Report of the Imperial Institute of Veterinary Research, Muktesar
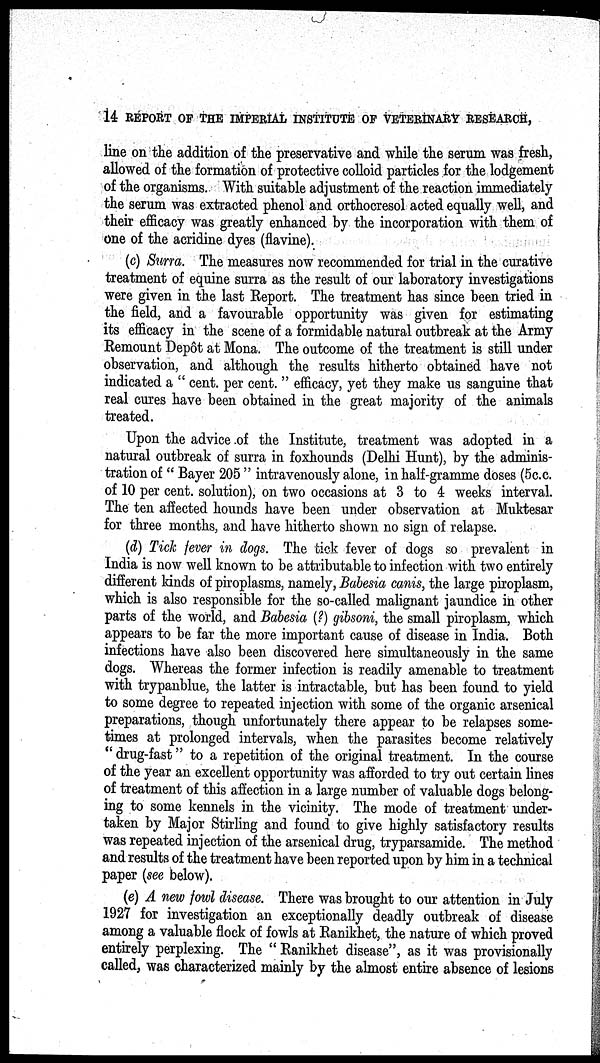
14 REPORT OF THE IMPERIAL INSTITUTE OF VETERINARY RESEARCH,
line on the addition of the preservative and while the serum was fresh,
allowed of the formation of protective colloid particles for the lodgement
of the organisms. With suitable adjustment of the reaction immediately
the serum was extracted phenol and orthocresol acted equally well, and
their efficacy was greatly enhanced by the incorporation with them of
one of the acridine dyes (flavine).
(c) Surra. The measures now recommended for trial in the curative
treatment of equine surra as the result of our laboratory investigations
were given in the last Report. The treatment has since been tried in
the field, and a favourable opportunity was given for estimating
its efficacy in the scene of a formidable natural outbreak at the Army
Remount Depôt at Mona. The outcome of the treatment is still under
observation, and although the results hitherto obtained have not
indicated a " cent. per cent. " efficacy, yet they make us sanguine that
real cures have been obtained in the great majority of the animals
treated.
Upon the advice of the Institute, treatment was adopted in a
natural outbreak of surra in foxhounds (Delhi Hunt), by the adminis-
tration of" Bayer 205 " intravenously alone, in half-gramme doses (5c.c.
of 10 per cent. solution), on two occasions at 3 to 4 weeks interval.
The ten affected hounds have been under observation at Muktesar
for three months, and have hitherto shown no sign of relapse.
(d) Tick fever in dogs. The tick fever of dogs so prevalent in
India is now well known to be attributable to infection with two entirely
different kinds of piroplasms, namely, Babesia canis, the large piroplasm,
which is also responsible for the so-called malignant jaundice in other
parts of the world, and Babesia (?) gibsoni, the small piroplasm, which
appears to be far the more important cause of disease in India. Both
infections have also been discovered here simultaneously in the same
dogs. Whereas the former infection is readily amenable to treatment
with trypanblue, the latter is intractable, but has been found to yield
to some degree to repeated injection with some of the organic arsenical
preparations, though unfortunately there appear to be relapses some-
times at prolonged intervals, when the parasites become relatively
" drug-fast" to a repetition of the original treatment. In the course
of the year an excellent opportunity was afforded to try out certain lines
of treatment of this affection in a large number of valuable dogs belong-
ing to some kennels in the vicinity. The mode of treatment under-
taken by Major Stirling and found to give highly satisfactory results
was repeated injection of the arsenical drug, tryparsamide. The method
and results of the treatment have been reported upon by him in a technical
paper (see below).
(e) A new fowl disease. There was brought to our attention in July
1927 for investigation an exceptionally deadly outbreak of disease
among a valuable flock of fowls at Ranikhet, the nature of which proved
entirely perplexing. The " Ranikhet disease", as it was provisionally
called, was characterized mainly by the almost entire absence of lesions